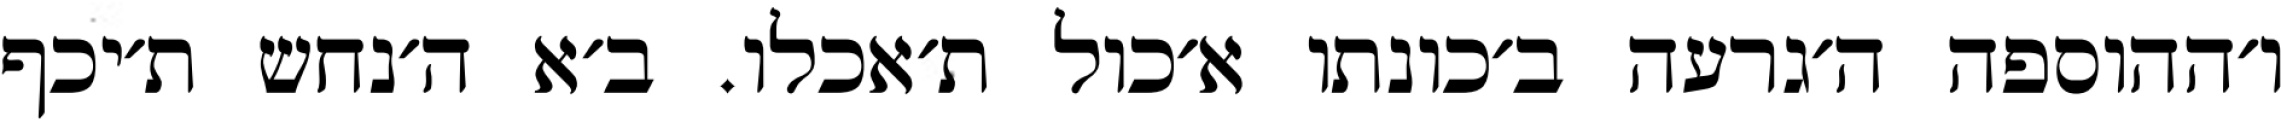
ו׳ההוספה ה׳גרעה ב׳כונתו א׳כול ת׳אכלו. ב׳א ה׳נחש ת׳יכף